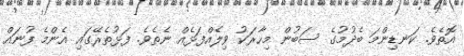
އޮތެވެ. ކަނޑިންމަ ބެދުމުގެ ސަބުން މިހާރަކު ވިލެއްފަޅެއް ނެތެވެ. ފަޅުތެރޭގައި އެންމެ ފުނައް